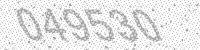
Solution: 049530